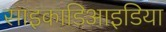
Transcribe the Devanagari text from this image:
साइकाडिआइडिया